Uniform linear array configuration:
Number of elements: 48
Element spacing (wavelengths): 0.75
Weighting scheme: uniform
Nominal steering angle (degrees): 30
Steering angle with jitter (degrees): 30.548
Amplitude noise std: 0.05
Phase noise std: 0.05

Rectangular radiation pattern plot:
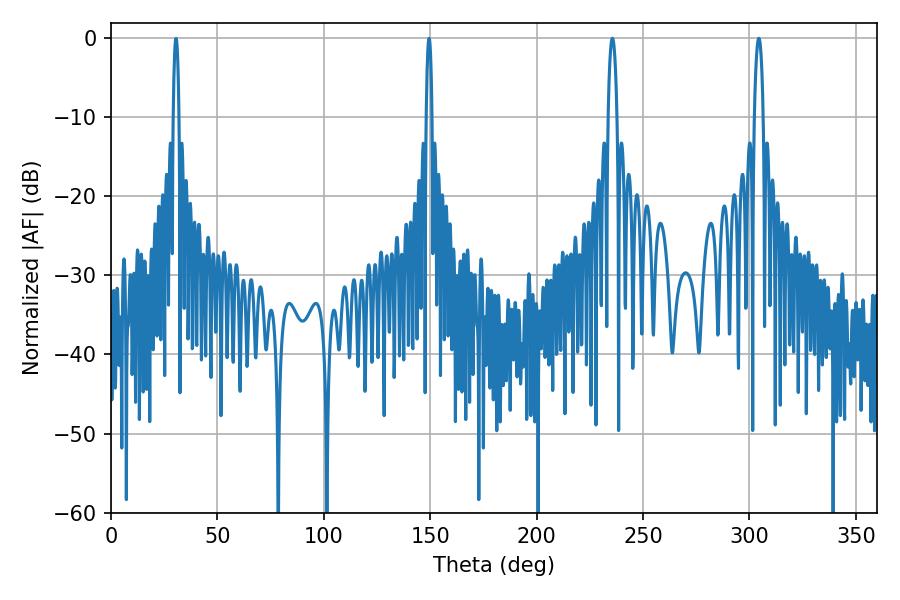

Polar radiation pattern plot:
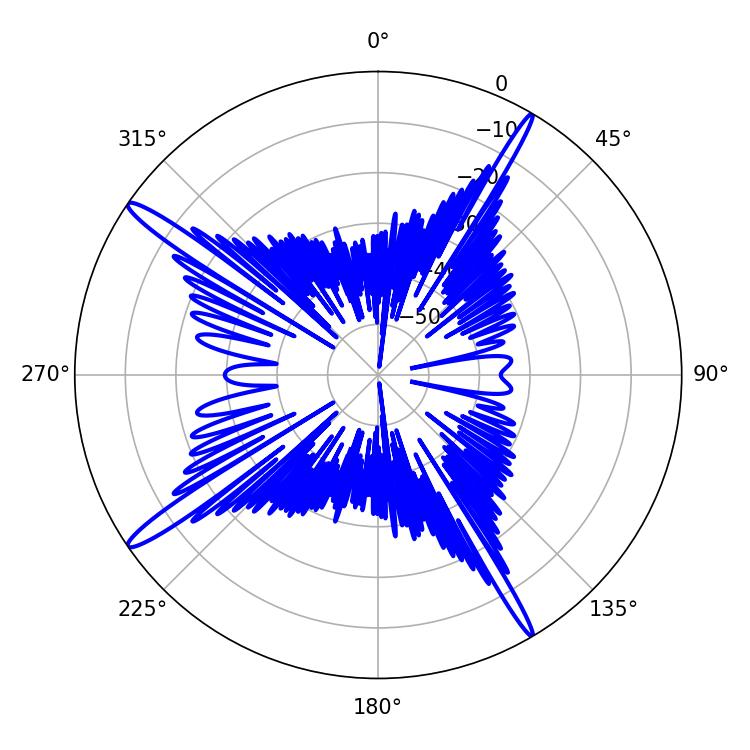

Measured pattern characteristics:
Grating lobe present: TRUE
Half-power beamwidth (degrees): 2.16
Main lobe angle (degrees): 235.62